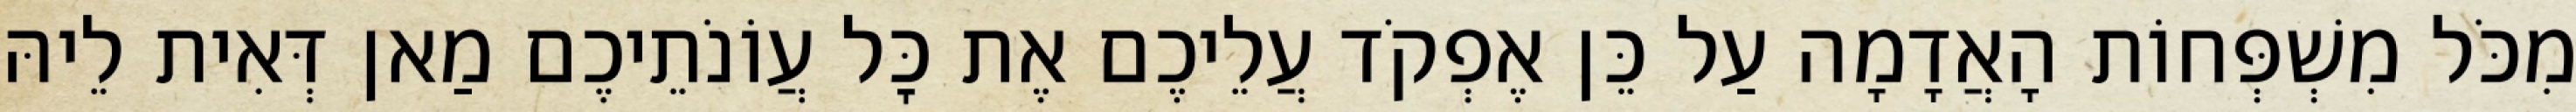
מִכֹּל מִשְׁפְּחוֹת הָאֲדָמָה עַל כֵּן אֶפְקֹד עֲלֵיכֶם אֶת כׇּל עֲוֹנֹתֵיכֶם מַאן דְּאִית לֵיהּ